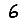
Digit: 6